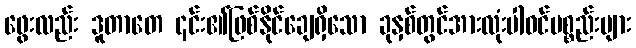
ဖွေးလည်း ဒူတာတေ ၎င်း၏ဖြစ်နိုင်ချေရှိသော ခုနှစ်တွင်အားလုံးပါဝင်ပစ္စည်းများ